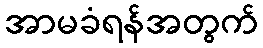
အာမခံရန်အတွက်